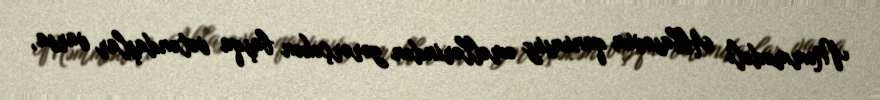
Məmmədəli Abbasovun qanunsuz əməllərindən zərərçəkən başqa vətəndaşlar varsa,